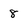
Character: 8